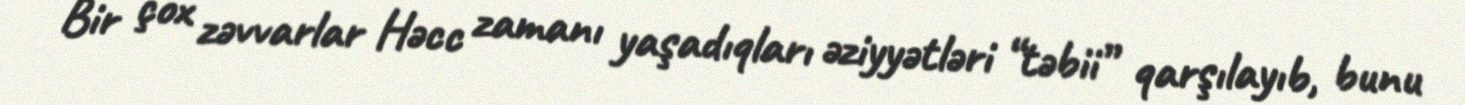
Bir çox zəvvarlar Həcc zamanı yaşadıqları əziyyətləri “təbii” qarşılayıb, bunu